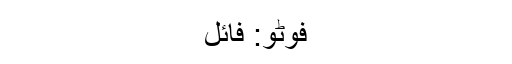
فوٹو: فائل